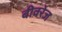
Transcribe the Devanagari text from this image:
बीवरेज